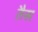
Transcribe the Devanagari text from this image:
तैस